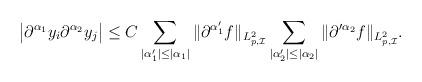
LaTeX: \begin{align*} \big|\partial^{\alpha_1} y_i \partial^{\alpha_2}y_j\big|&\le C\sum_{|\alpha'_1|\le|\alpha_1|}\|\partial^{\alpha'_1}f\|_{L^2_{p,\mathcal{I}}}\sum_{|\alpha'_2| \le|\alpha_2|}\|\partial'^{\alpha_2}f\|_{L^2_{p,\mathcal{I}}}.\end{align*}